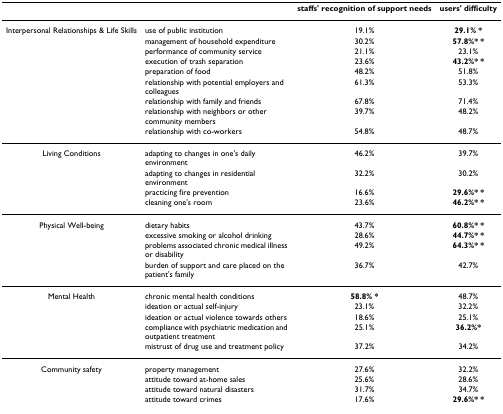
|  |  | staffs' recognition of support needs | users' difficulty |
 | --- | --- | --- | --- |
 | Interpersonal Relationships & Life Skills | use of public institution | 19.1% | 29.1% * |
 |  | management of household expenditure | 30.2% | 57.8%* * |
 |  | performance of community service | 21.1% | 23.1% |
 |  | execution of trash separation | 23.6% | 43.2%* * |
 |  | preparation of food | 48.2% | 51.8% |
 |  | relationship with potential employers and colleagues | 61.3% | 53.3% |
 |  | relationship with family and friends | 67.8% | 71.4% |
 |  | relationship with neighbors or other community members | 39.7% | 48.2% |
 |  | relationship with co-workers | 54.8% | 48.7% |
 | Living Conditions | adapting to changes in one's daily environment | 46.2% | 39.7% |
 |  | adapting to changes in residential environment | 32.2% | 30.2% |
 |  | practicing fire prevention | 16.6% | 29.6%* * |
 |  | cleaning one's room | 23.6% | 46.2%* * |
 | Physical Well-being | dietary habits | 43.7% | 60.8%* * |
 |  | excessive smoking or alcohol drinking | 28.6% | 44.7%* * |
 |  | problems associated chronic medical illness or disability | 49.2% | 64.3%* * |
 |  | burden of support and care placed on the patient's family | 36.7% | 42.7% |
 | Mental Health | chronic mental health conditions | 58.8% * | 48.7% |
 |  | ideation or actual self-injury | 23.1% | 32.2% |
 |  | ideation or actual violence towards others | 18.6% | 25.1% |
 |  | compliance with psychiatric medication and outpatient treatment | 25.1% | 36.2%* |
 |  | mistrust of drug use and treatment policy | 37.2% | 34.2% |
 | Community safety | property management | 27.6% | 32.2% |
 |  | attitude toward at-home sales | 25.6% | 28.6% |
 |  | attitude toward natural disasters | 31.7% | 34.7% |
 |  | attitude toward crimes | 17.6% | 29.6%* * |